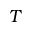
T